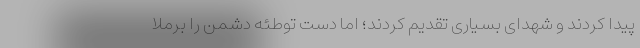
پیدا کردند و شهدای بسیاری تقدیم کردند؛ اما دست توطئه دشمن را برملا